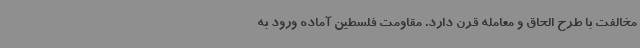
مخالفت با طرح الحاق و معامله قرن دارد. مقاومت فلسطین آماده ورود به